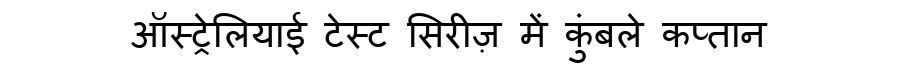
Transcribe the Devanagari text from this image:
ऑस्ट्रेलियाई टेस्ट सिरीज़ में कुंबले कप्तान